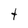
Character: t